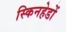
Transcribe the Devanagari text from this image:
स्किनहेडों